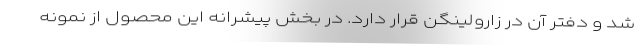
شد و دفتر آن در زارولینگن قرار دارد. در بخش پیشرانه این محصول از نمونه